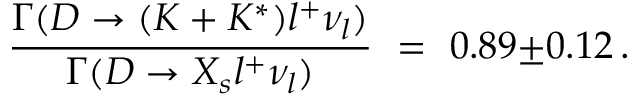
\frac { \Gamma ( D \rightarrow ( K + K ^ { * } ) l ^ { + } \nu _ { l } ) } { \Gamma ( D \rightarrow X _ { s } l ^ { + } \nu _ { l } ) } \ = \ 0 . 8 9 { \pm } 0 . 1 2 \, .